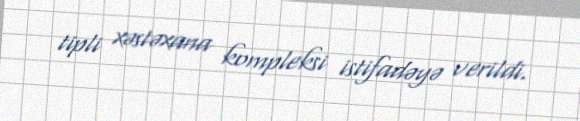
tipli xəstəxana kompleksi istifadəyə verildi.